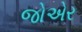
જોએર